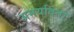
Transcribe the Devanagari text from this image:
अमर्यादता